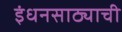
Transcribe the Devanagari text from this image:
इंधनसाठ्याची